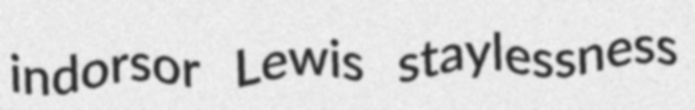
indorsor Lewis staylessness